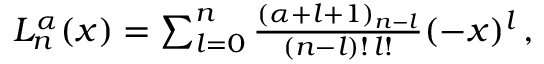
\begin{array} { r } { L _ { n } ^ { \alpha } ( x ) = \sum _ { l = 0 } ^ { n } \frac { ( \alpha + l + 1 ) _ { n - l } } { ( n - l ) ! \, l ! } ( - x ) ^ { l } \, , } \end{array}